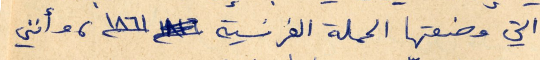
التي وضعتها الحملة الفرنسية ١٨٦١، وأنني